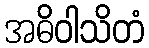
အဓိဝါသိတံ